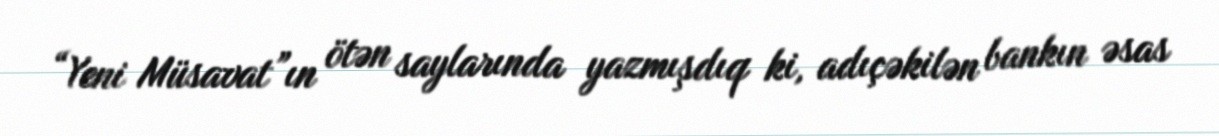
“Yeni Müsavat”ın ötən saylarında yazmışdıq ki, adıçəkilən bankın əsas